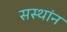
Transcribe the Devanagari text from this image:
सस्थांन